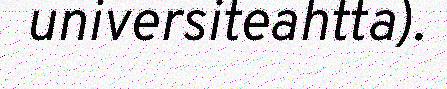
universiteahtta).